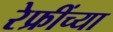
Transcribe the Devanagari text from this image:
रेफ्रींच्या